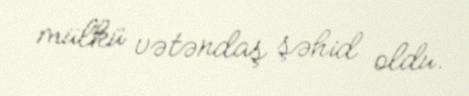
mülkü vətəndaş şəhid oldu.